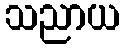
သညာယ